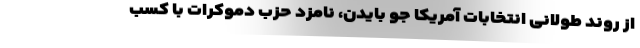
از روند طولانی انتخابات آمریکا جو بایدن، نامزد حزب دموکرات با کسب